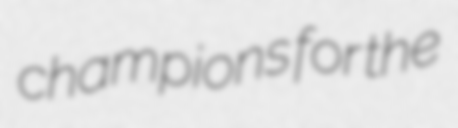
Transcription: champions for the